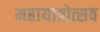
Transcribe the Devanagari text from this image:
महायात्रोत्सव